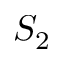
S _ { 2 }